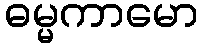
ဓမ္မကာမော